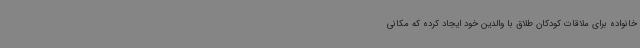
خانواده برای ملاقات کودکان طلاق با والدین خود ایجاد کرده که مکانی